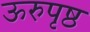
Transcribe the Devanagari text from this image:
ऊरुपृष्ठ